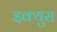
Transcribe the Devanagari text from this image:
इक्युस